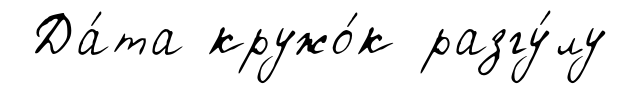
Да́та кружо́к разгу́лу